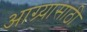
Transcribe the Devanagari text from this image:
आग्र्यासाठी